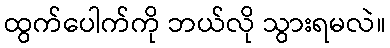
ထွက်ပေါက်ကို ဘယ်လို သွားရမလဲ။